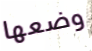
وضعها